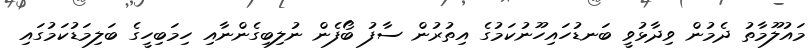
މައުލޫމާތު ދެމުން ވިދާޅުވީ ބަނޑުހައިހޫނުކަމުގެ އިތުރުން ސާފު ބޯފެން ނުލިބިގެންނާއި ހިމަބިހީގެ ބަލިމަޑުކަމުގައި